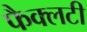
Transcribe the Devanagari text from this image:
फैक्‍लटी